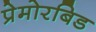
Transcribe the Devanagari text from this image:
प्रेमोरबिड